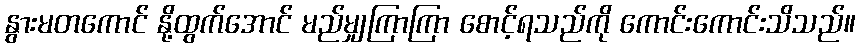
နွားမတကောင် နို့ထွက်အောင် မည်မျှကြာကြာ စောင့်ရသည်ကို ကောင်းကောင်းသိသည်။